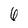
Character: 6